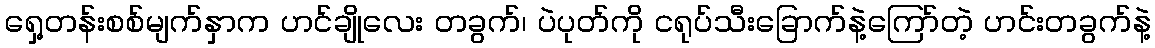
ရှေ့တန်းစစ်မျက်နှာက ဟင်ချိုလေး တခွက်၊ ပဲပုတ်ကို ငရုပ်သီးခြောက်နဲ့ကြော်တဲ့ ဟင်းတခွက်နဲ့